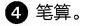
④笔算。